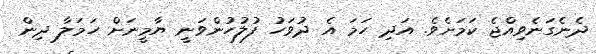
ދެނެގަނެވިއްޖެ ކަމަށެވެ. އަދި ހަމަ އެ ދުވަހު ފުލުހުންވަނީ ޔާމީނަށް ހަމަލާ ދިން